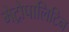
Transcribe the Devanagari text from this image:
मेट्रोपालिटिन